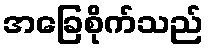
အခြေစိုက်သည်